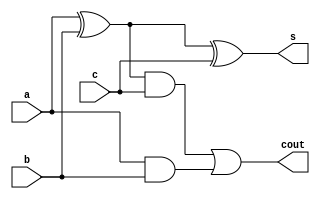
`timescale 1ns / 1ps
//////////////////////////////////////////////////////////////////////////////////
// Company: 
// Engineer: 
// 
// Design Name: 
// Module Name:    fulladder8 
// Project Name: 
// Target Devices: 
// Tool versions: 
// Description: 
//
// Dependencies: 
//
// Revision: 
// Revision 0.01 - File Created
// Additional Comments: 
//
//////////////////////////////////////////////////////////////////////////////////
module fulladder (a,b,c,s,cout);
    input a,b,c;
    output s,cout;
	 wire w1,w2,w3;
	 
	 xor(w1,a,b);
	 xor(s,w1,c);//sum
	 and(w2,w1,c);
	 and(w3,a,b);
	 or(cout,w2,w3);
    

endmodule


module fulladder4(a,b,c,s,cout);
    input [3:0] a;
    input [3:0] b;
    input c;
    output [3:0] s;
    output cout;
	 wire w1,w2,w3;
	 fulladder f1(a[0],b[0],1'd0,s[0],w1);
	 fulladder f2(a[1],b[1],w1,s[1],w2);
	 fulladder f3(a[2],b[2],w2,s[2],w3);
	 fulladder f4(a[3],b[3],w3,s[3],cout);
    

endmodule


module fulladder8(a,b,c,s,cout);
    input [7:0] a;
    input [7:0] b;
    input c;
    output [7:0] s;
    output cout;
	 wire w1;
	 fulladder4 f1(a[3:0],b[3:0],1'd0,s[3:0],w1);
	 fulladder4 f2(a[7:4],b[7:4],w1,s[7:4],cout);
    


endmodule